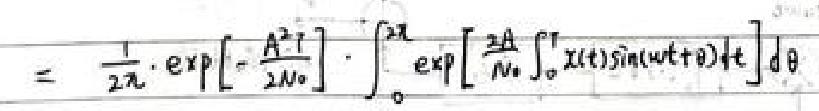
\[
=\frac{1}{2\pi}\cdot\exp\left[-\frac{A^{2}T}{2N_{0}}\right]\cdot\int_{0}^{2\pi}\exp\left[\frac{2A}{N_{0}}\int_{0}^{T}x(t)\sin(\omega t+\theta)dt\right]d\theta
\]